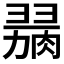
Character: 𦞋